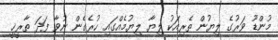
މުންޑޫ ވަރުގެ ލިޔުން ތެރިއަކު ލިޔާ ލިޔުމެއްގައި ހުރެގެން ނުވާ ފަދަ ތާރީޚީ